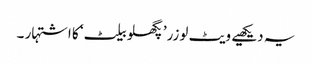
یہ دیکھیے ویٹ لوزر’پگھلو بیلٹ‘ کا اشتہار ۔